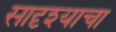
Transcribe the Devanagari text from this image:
सादृश्याचा